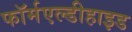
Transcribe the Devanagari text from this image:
फॉर्मएल्डीहाइड